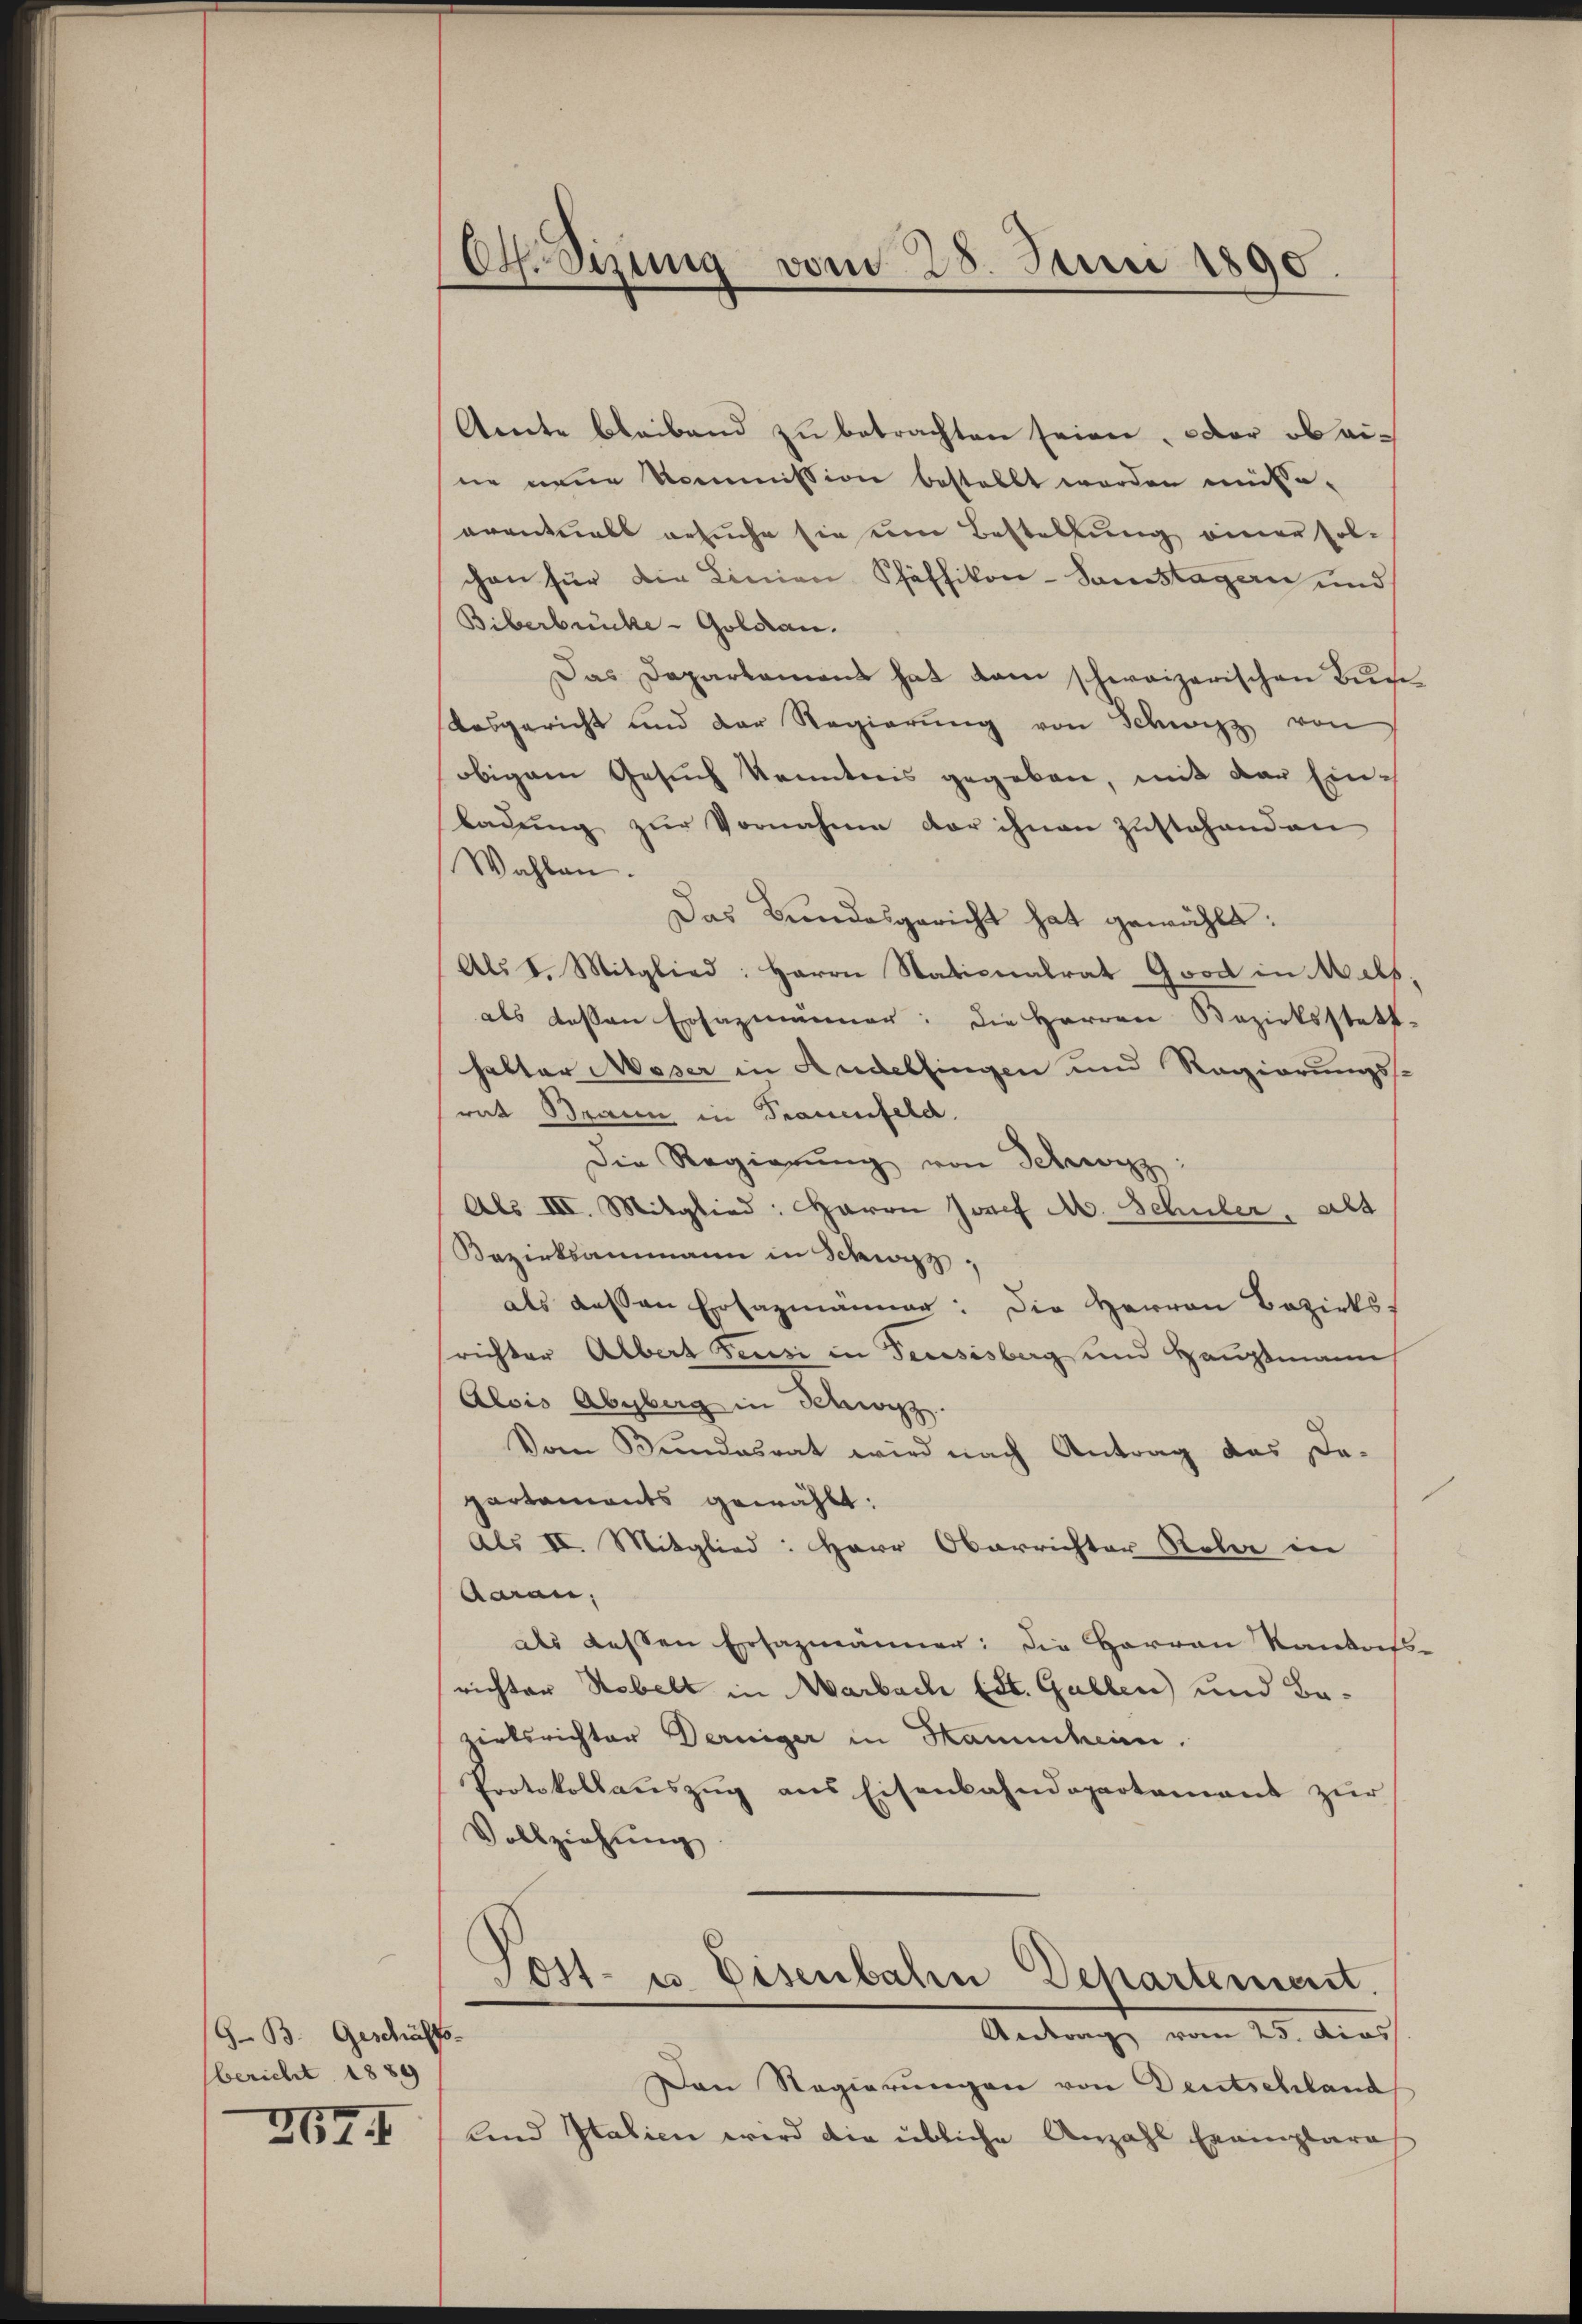
G. B. Geschäfts
bericht 1889

267. I

Ch. Sizung vom 28. Juni 1890.

Aente bleibend zŭ betrachten seien, oder ob eine neue Kommission bestellt worden missa-
arantrals ersuche sie um Bestellung einer fol-
chen für die Linien Pfäffikon-Samstagen und
Biberbrücke - Goldau.
Das Daparkamens hat kam schweizerischen Buse
desgericht und der Regierŭng von Schwyz von
obigem Gesuch Kenntnis gegeben, mit der Einladung zur Vornahme der ihnen Zustehenden
Wahlen.
Das Bundesgericht hat gewählt:
Als 1. Mitglied: Herrn Nationalrat Good in Mels,
als dessen Ersazmänner: die Herren Bezirksstatt-
halter Moser in Andelfingen und Regierungssrat Braun in Trauenfeld.
Die Regierŭng von Schwyz:
Als III. Mitglied: Herrn Josef M. Schuler, als
Bezirksammann in Schwyz,
als dessen Erfazmänner: Die Herren Bezirks-
richter Albert Feusi in Feusisberg und Hauptmann
Alois Abgburg in Schwyz.
Vom Bundesrat wird nach Antrag das De-
partaments gewählt:
Als III. Mitglied: Herr Oberrichter Rober in
Aaran,
als dessen Ersazmänner: die Herren Kantons-
richter Nebelt in Marbach (St. Gallen und Bawirtsrichter Derniger in Hammheien.
Protokollauszug aus Eisenbahndepartement zur
Vollziehung
s
ost- u. Eisenbahre Departement.
Anderung vom 25. dies
Den Regierungen von Deutschland
land Italien wird die übliche Anzahl Exemplare